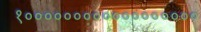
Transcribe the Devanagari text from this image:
१००००००००००००००००००